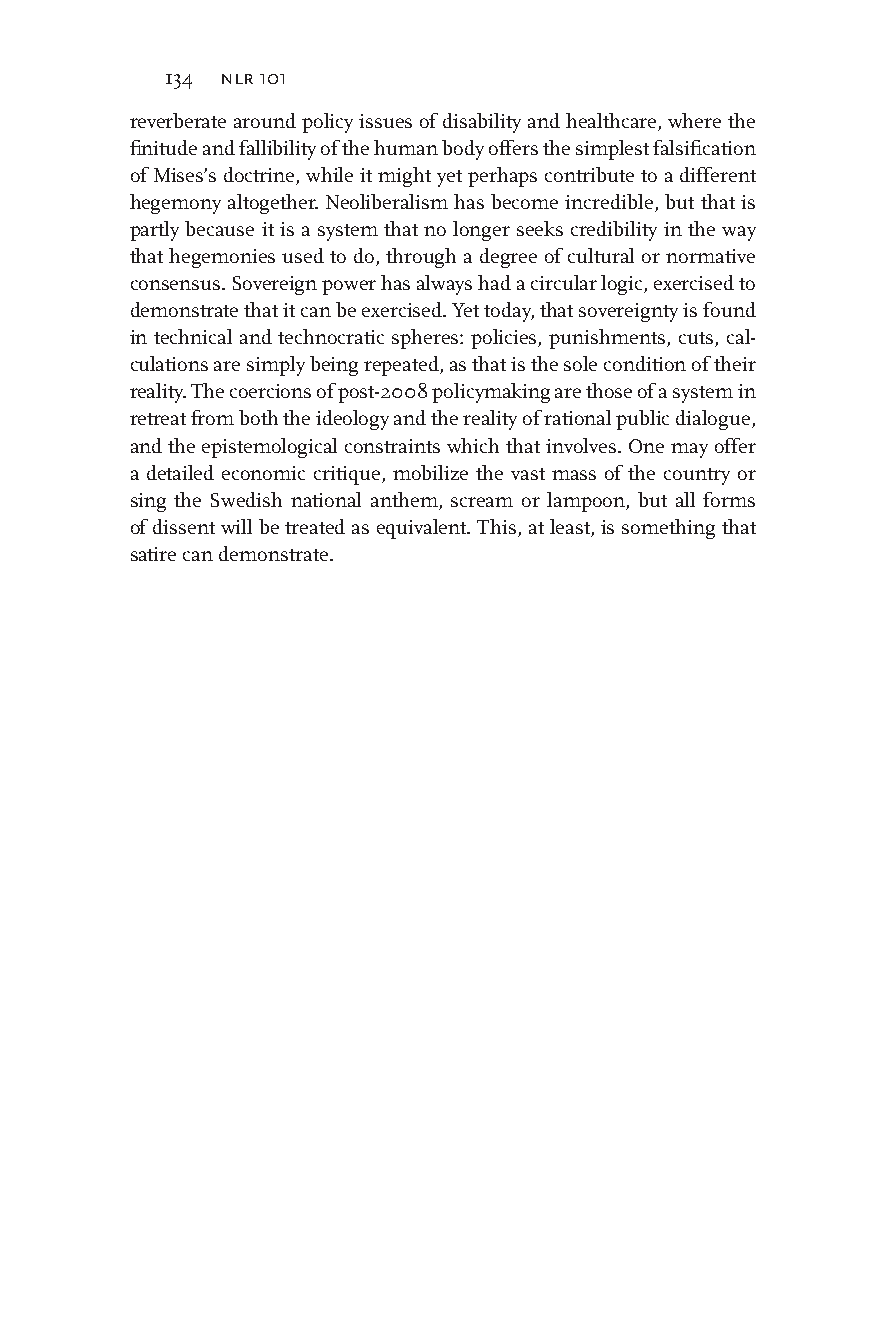
134 nlr 101
 reverberate around policy issues of disability and healthcare, where the
 finitude and fallibility of the human body offers the simplest falsification
 of Mises’s doctrine, while it might yet perhaps contribute to a different
 hegemony altogether. Neoliberalism has become incredible, but that is
 partly because it is a system that no longer seeks credibility in the way
 that hegemonies used to do, through a degree of cultural or normative
 consensus. Sovereign power has always had a circular logic, exercised to
 demonstrate that it can be exercised. Yet today, that sovereignty is found
 in technical and technocratic spheres: policies, punishments, cuts, cal-
 culations are simply being repeated, as that is the sole condition of their
 reality. The coercions of post-2008 policymaking are those of a system in
 retreat from both the ideology and the reality of rational public dialogue,
 and the epistemological constraints which that involves. One may offer
 a detailed economic critique, mobilize the vast mass of the country or
 sing the Swedish national anthem, scream or lampoon, but all forms
 of dissent will be treated as equivalent. This, at least, is something that
 satire can demonstrate.